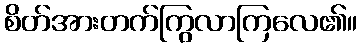
စိတ်အားတက်ကြွလာကြလေ၏။